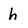
Character: h